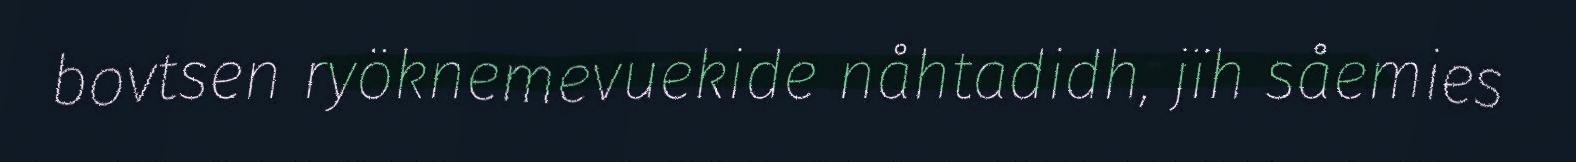
bovtsen ryöknemevuekide nåhtadidh, jïh såemies